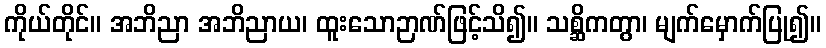
ကိုယ်တိုင်။ အဘိညာ အဘိညာယ၊ ထူးသောဉာဏ်ဖြင့်သိ၍။ သစ္ဆိကတွာ၊ မျက်မှောက်ပြု၍။